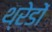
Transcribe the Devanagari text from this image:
थ्रेडों